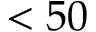
< 5 0